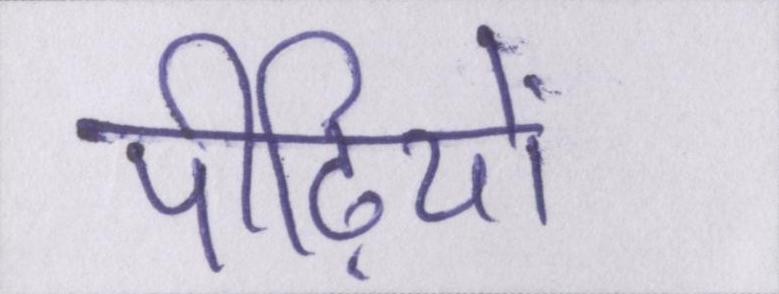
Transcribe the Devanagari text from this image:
पीढ़ियों